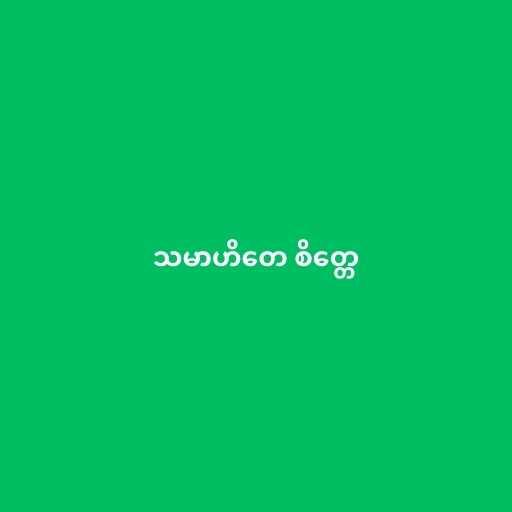
သမာဟိတေ စိတ္တေ